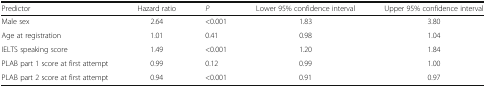
| Predictor | Hazard ratio | P | Lower 95% confidence interval | Upper 95% confidence interval |
 | --- | --- | --- | --- | --- |
 | Male sex | 2.64 | <0.001 | 1.83 | 3.80 |
 | Age at registration | 1.01 | 0.41 | 0.98 | 1.04 |
 | IELTS speaking score | 1.49 | <0.001 | 1.20 | 1.84 |
 | PLAB part 1 score at first attempt | 0.99 | 0.12 | 0.99 | 1.00 |
 | PLAB part 2 score at first attempt | 0.94 | <0.001 | 0.91 | 0.97 |